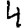
Digit: 4